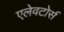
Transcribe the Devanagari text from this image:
एलेवटोर्स